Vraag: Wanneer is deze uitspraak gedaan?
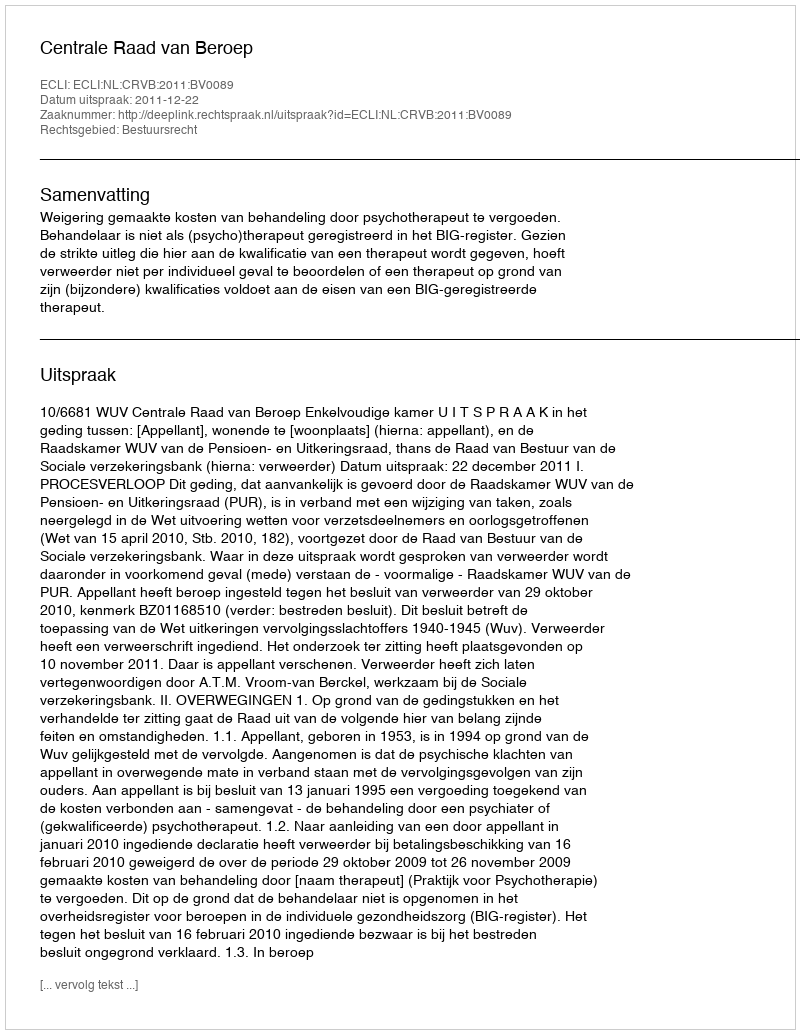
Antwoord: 2011-12-22